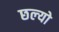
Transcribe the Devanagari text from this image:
छल्‍यो